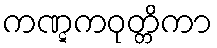
ကဏ္ဋကဝုတ္တိကာ